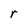
Character: r